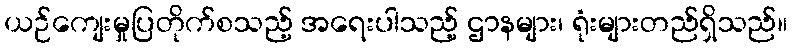
ယဉ်ကျေးမှုပြတိုက်စသည့် အရေးပါသည့် ဌာနများ၊ ရုံးများတည်ရှိသည်။